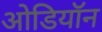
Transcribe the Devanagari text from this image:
ओडियॉन